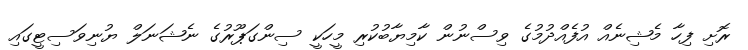
ރޮށި ފިހާ މެޝިނެއް އުފެއްދުމުގެ ވިސްނުން ކާމިޔާބުކުރި މީހަކީ ސިންގަޕޫރުގެ ނެޝަނަލް ޔުނިވަސިޓީގައި